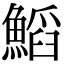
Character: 𩹴